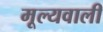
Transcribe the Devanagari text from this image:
मूल्यवाली